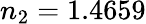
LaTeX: n_{2}=1.4659